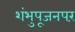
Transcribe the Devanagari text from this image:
शंभुपूजनपरं